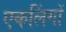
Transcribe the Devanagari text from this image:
एकलिंगों